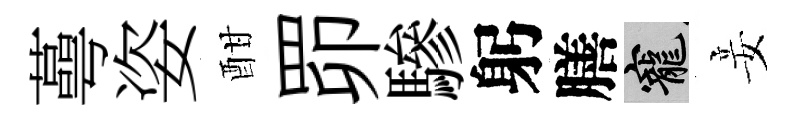
蕚姿酣𦊑驂躬膳寵妾